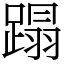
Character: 蹋